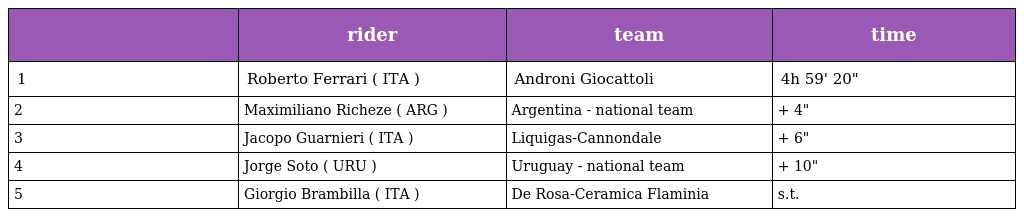
|  | rider | team | time |
 | --- | --- | --- | --- |
 | 1 | Roberto Ferrari ( ITA ) | Androni Giocattoli | 4h 59' 20" |
 | 2 | Maximiliano Richeze ( ARG ) | Argentina - national team | + 4" |
 | 3 | Jacopo Guarnieri ( ITA ) | Liquigas-Cannondale | + 6" |
 | 4 | Jorge Soto ( URU ) | Uruguay - national team | + 10" |
 | 5 | Giorgio Brambilla ( ITA ) | De Rosa-Ceramica Flaminia | s.t. |